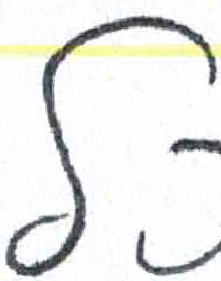
אות: ך